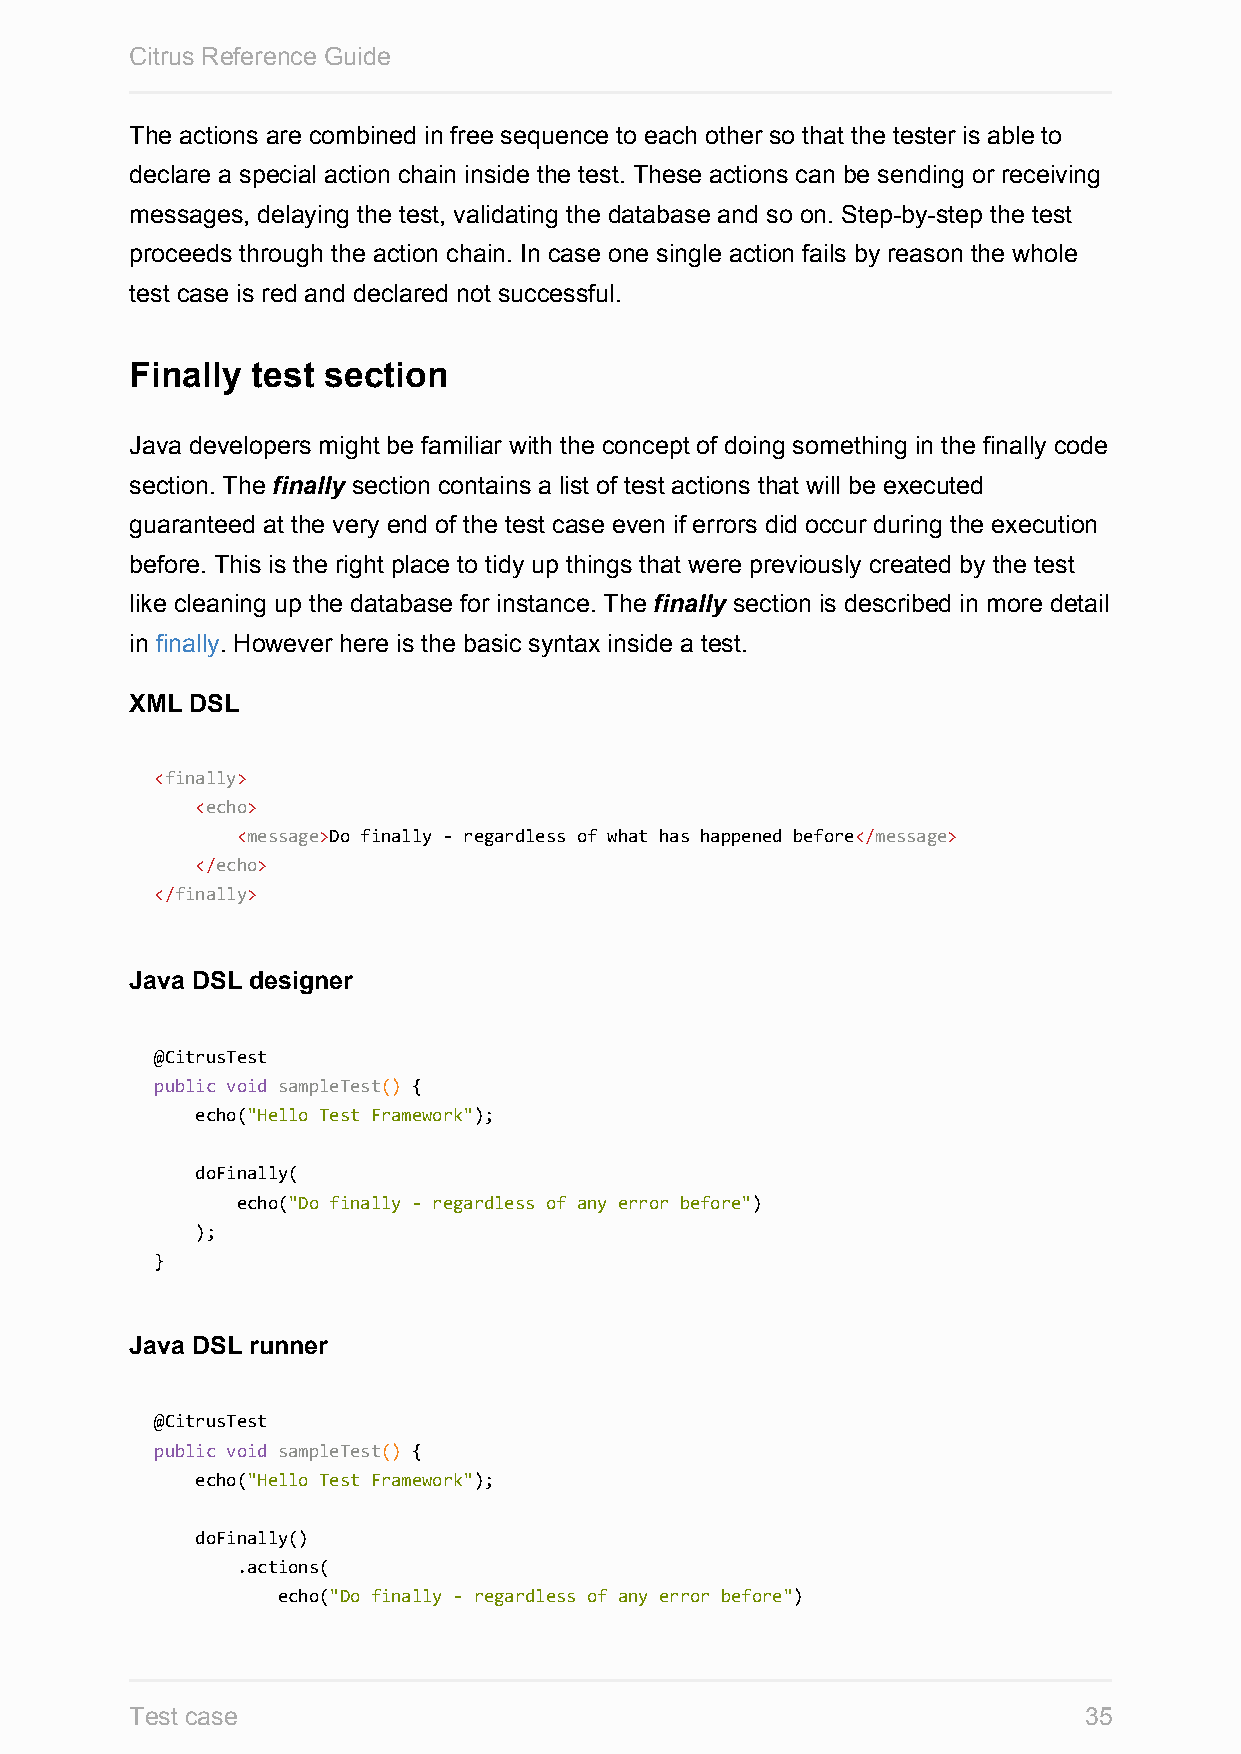
Citrus Reference Guide
 The actions are combined in free sequence to each other so that the tester is able to
 declare a special action chain inside the test. These actions can be sending or receiving
 messages, delaying the test, validating the database and so on. Step-by-step the test
 proceeds through the action chain. In case one single action fails by reason the whole
 test case is red and declared not successful.
 Finally test section
 Java developers might be familiar with the concept of doing something in the finally code
 section. The finally section contains a list of test actions that will be executed
 guaranteed at the very end of the test case even if errors did occur during the execution
 before. This is the right place to tidy up things that were previously created by the test
 like cleaning up the database for instance. The finally section is described in more detail
 in finally. However here is the basic syntax inside a test.
 XML DSL
 <finally>
 <echo>
 <message>Do finally - regardless of what has happened before</message>
 </echo>
 </finally>
 Java DSL designer
 @CitrusTest
 public void sampleTest() {
 echo("Hello Test Framework");
 doFinally(
 echo("Do finally - regardless of any error before")
 );
 }
 Java DSL runner
 @CitrusTest
 public void sampleTest() {
 echo("Hello Test Framework");
 doFinally()
 .actions(
 echo("Do finally - regardless of any error before")
 Test case                                                      35